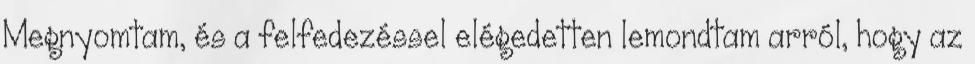
Megnyomtam, és a felfedezéssel elégedetten lemondtam arról, hogy az